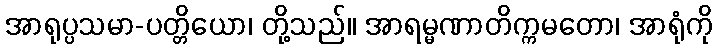
အာရုပ္ပသမာ-ပတ္တိယော၊ တို့သည်။ အာရမ္မဏာတိက္ကမတော၊ အာရုံကို